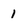
Character: I